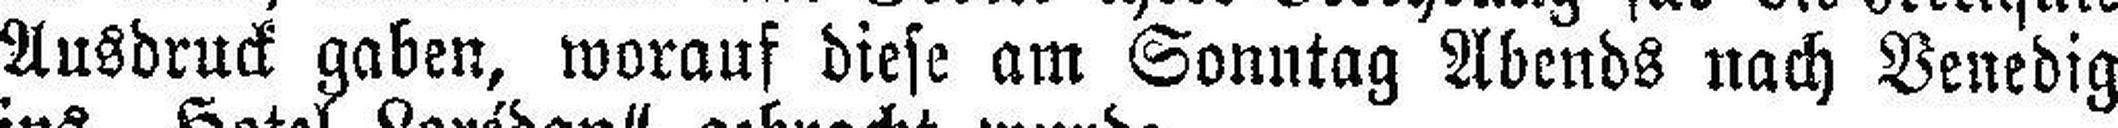
Ausdruck gaben, worauf diese am Sonntag Abends nach Venedig